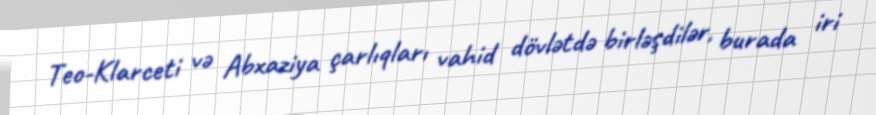
Teo-Klarceti və Abxaziya çarlıqları vahid dövlətdə birləşdilər, burada iri